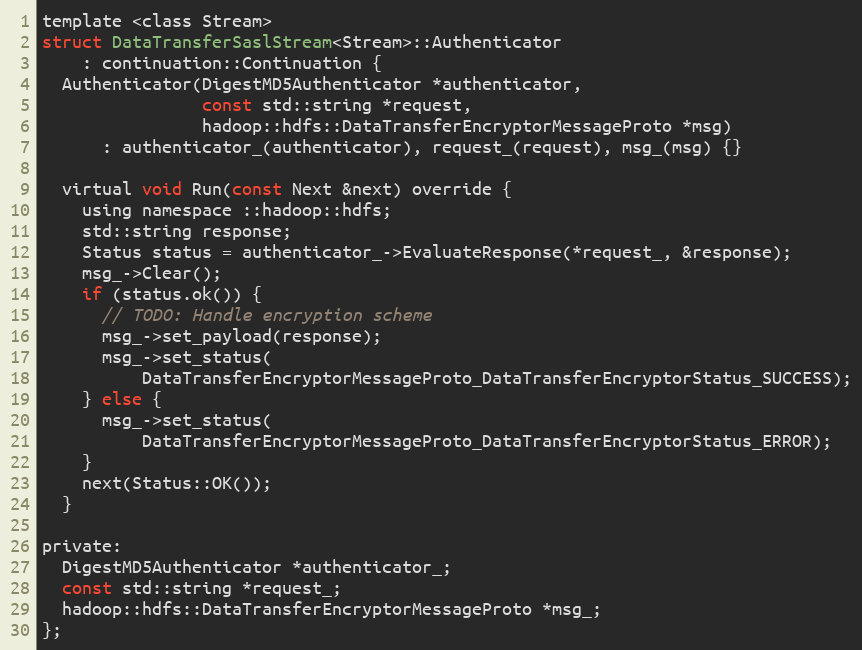
Language: C
template <class Stream>
struct DataTransferSaslStream<Stream>::Authenticator
    : continuation::Continuation {
  Authenticator(DigestMD5Authenticator *authenticator,
                const std::string *request,
                hadoop::hdfs::DataTransferEncryptorMessageProto *msg)
      : authenticator_(authenticator), request_(request), msg_(msg) {}

  virtual void Run(const Next &next) override {
    using namespace ::hadoop::hdfs;
    std::string response;
    Status status = authenticator_->EvaluateResponse(*request_, &response);
    msg_->Clear();
    if (status.ok()) {
      // TODO: Handle encryption scheme
      msg_->set_payload(response);
      msg_->set_status(
          DataTransferEncryptorMessageProto_DataTransferEncryptorStatus_SUCCESS);
    } else {
      msg_->set_status(
          DataTransferEncryptorMessageProto_DataTransferEncryptorStatus_ERROR);
    }
    next(Status::OK());
  }

private:
  DigestMD5Authenticator *authenticator_;
  const std::string *request_;
  hadoop::hdfs::DataTransferEncryptorMessageProto *msg_;
};